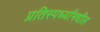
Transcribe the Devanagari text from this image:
प्रतिस्पर्ध्यांमधील